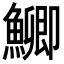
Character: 𮬐